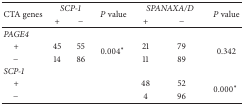
<table><thead><tr><td rowspan="2"><b>CTA genes</b></td><td colspan="2"><b><i>SCP-1 </i></b></td><td rowspan="2"><b><i>P</i> value</b></td><td colspan="2"><b><i>SPANAXA/D </i></b></td><td rowspan="2"><b><i>P</i> value</b></td></tr><tr><td><b>+</b></td><td><b>−</b></td><td><b>+</b></td><td><b>−</b></td></tr></thead><tbody><tr><td><i>PAGE4 </i></td><td> </td><td> </td><td> </td><td> </td><td> </td><td> </td></tr><tr><td> +</td><td>45</td><td>55</td><td rowspan="2">0.004∗</td><td>21</td><td>79</td><td rowspan="2">0.342</td></tr><tr><td> −</td><td>14</td><td>86</td><td>11</td><td>89</td></tr><tr><td><i>SCP-1 </i></td><td> </td><td> </td><td> </td><td> </td><td> </td><td> </td></tr><tr><td> +</td><td> </td><td> </td><td rowspan="2"> </td><td>48</td><td>52</td><td rowspan="2">0.000∗</td></tr><tr><td> −</td><td> </td><td> </td><td>4</td><td>96</td></tr></tbody></table>